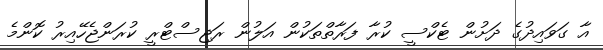
އާ ގަވައިދުގެ ދަށުން ޓެކްސީ ކުރާ ފަރާތްތަކުން އަލުން ރަޖިސްޓްރީ ކުރަންޖެހޭއިރު ކޮންމެ